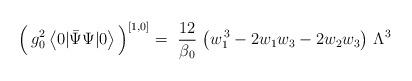
LaTeX: \begin{align*}\Big( \, g_0^2 \,\big< 0|\bar{\Psi}\Psi |0 \big> \,\Big)^{[1,0]} = \ \frac{12}{\beta_0} \ \big( w_1^{\,3} - 2w_1w_3 - 2w_2w_3 \big) \ \Lambda^3 \end{align*}